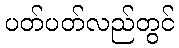
ပတ်ပတ်လည်တွင်